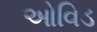
ઓવિડ